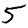
Digit: 5